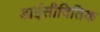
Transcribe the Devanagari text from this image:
डाईसीदितिक